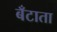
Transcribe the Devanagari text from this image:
बँटाता